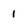
Character: 1